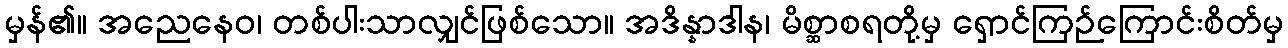
မှန်၏။ အညေနေဝ၊ တစ်ပါးသာလျှင်ဖြစ်သော။ အဒိန္နာဒါန၊ မိစ္ဆာစရတို့မှ ရှောင်ကြဉ်ကြောင်းစိတ်မှ